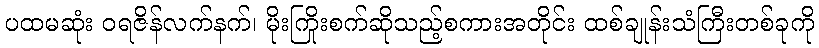
ပထမဆုံး ဝရဇိန်လက်နက်၊ မိုးကြိုးစက်ဆိုသည့်စကားအတိုင်း ထစ်ချုန်းသံကြီးတစ်ခုကို